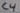
Text: C4